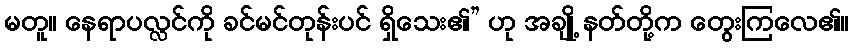
မတူ။ နေရာပလ္လင်ကို ခင်မင်တုန်းပင် ရှိသေး၏” ဟု အချို့ နတ်တို့က တွေးကြလေ၏။